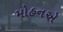
મોહનએ